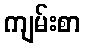
ကျမ်းစာ